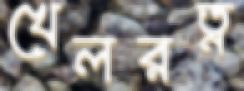
খেলরত্ন